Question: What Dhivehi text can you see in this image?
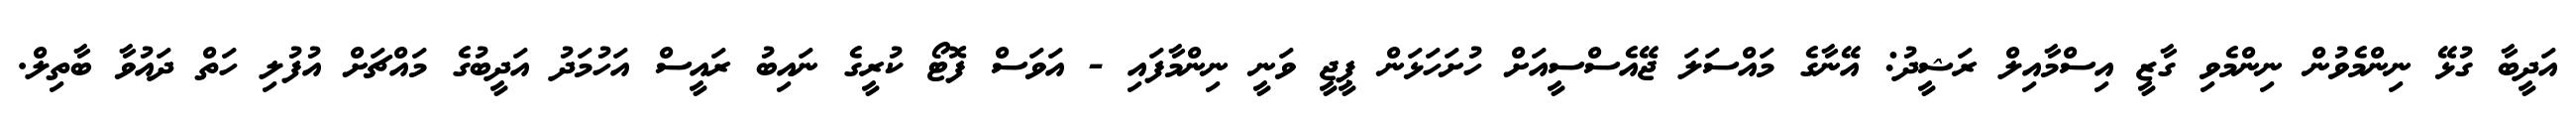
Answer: އަދީބާ ގުޅޭ ނިންމެވުން ނިންމެވި ގާޒީ އިސްމާއިލް ރަޝީދު: އޭނާގެ މައްސަލަ ޖޭއެސްސީއަށް ހުށަހަޅަން ޕީޖީ ވަނީ ނިންމާފައި - އަވަސް ފޮޓޯ ކުރީގެ ނައިބު ރައީސް އަހުމަދު އަދީބުގެ މައްޗަށް އުފުލި ހަތް ދައުވާ ބާތިލް.